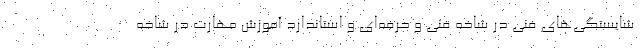
شایستگی‌های فنی در شاخه فنی و حرفه‌ای و استاندارد آموزش مهارت در شاخه